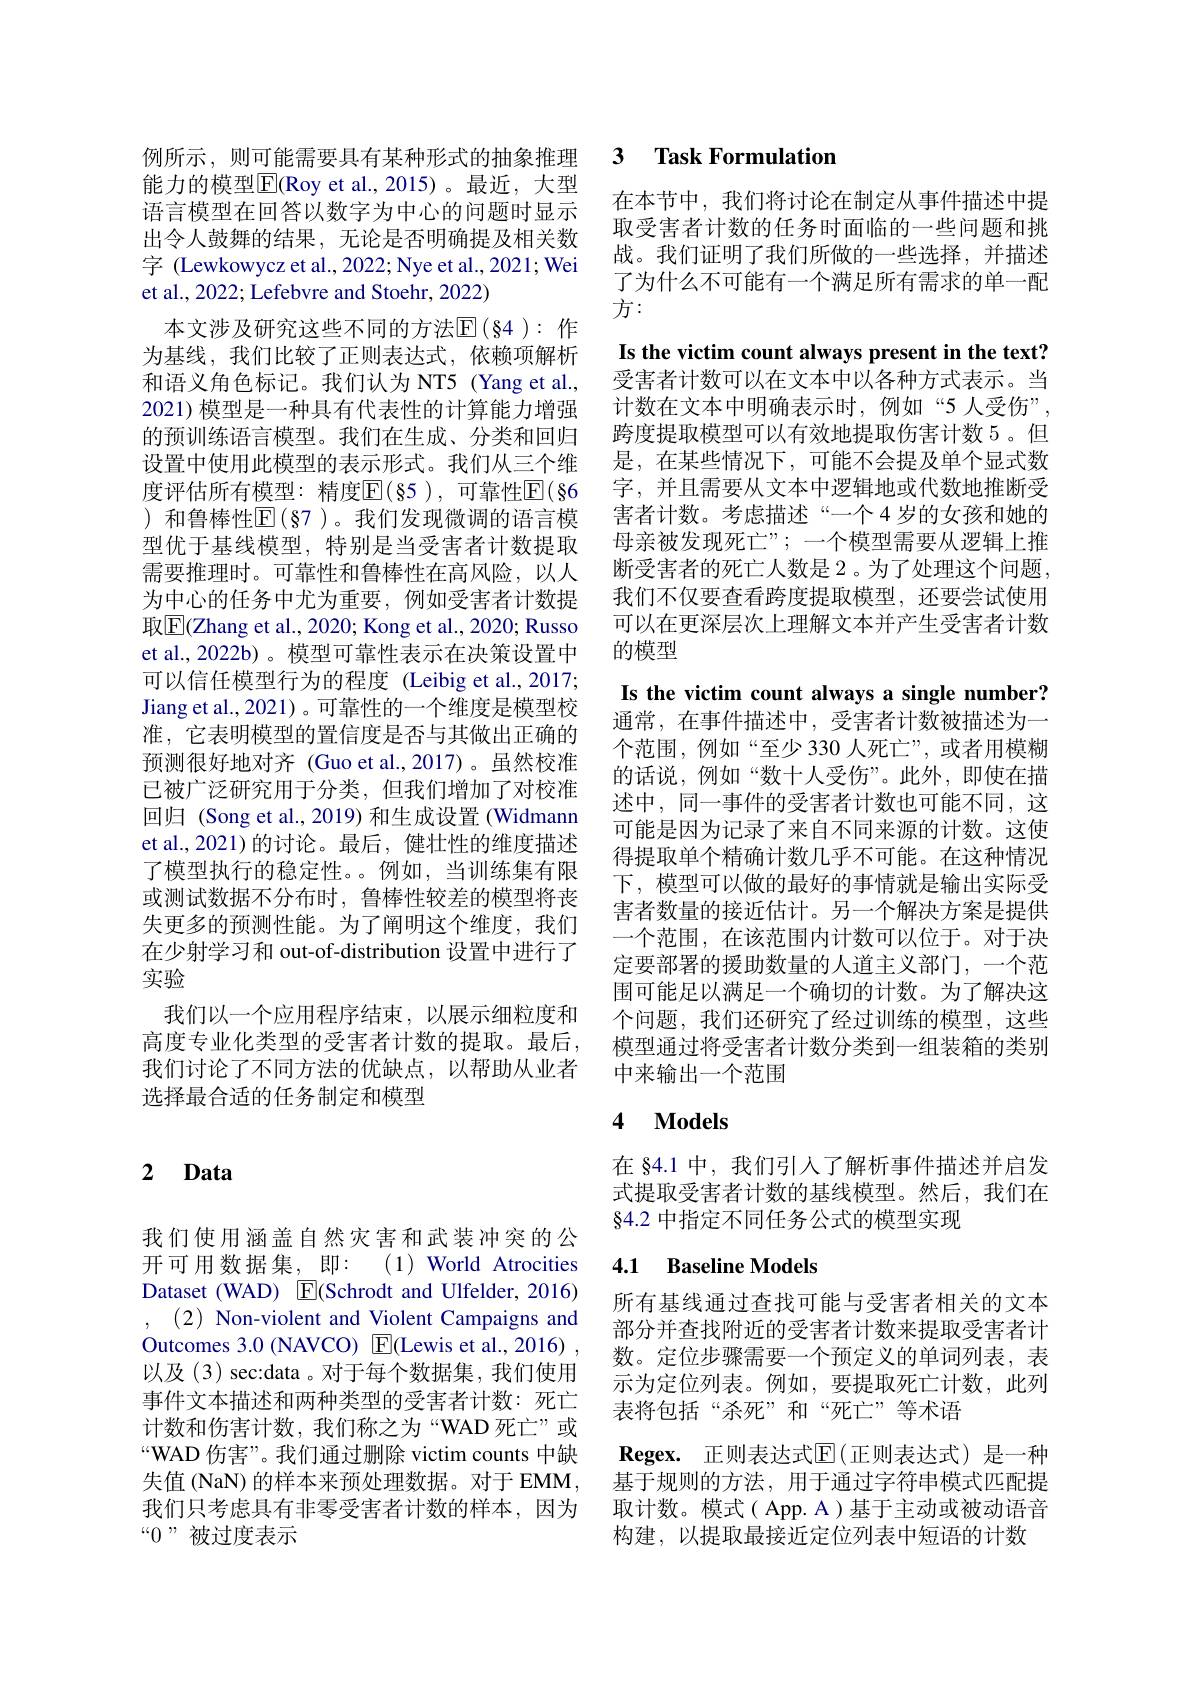
能力的模型$\boxed{\mathrm{E}}($Roy et al.,2015)。最近，大型语言模型在回答以数字为中心的问题时显示出令人鼓舞的结果，无论是否明确提及相关数字 (Lewkowycz et al., 2022; Nye et al., 2021; Wei et al., 2022; Lefebvre and Stoehr, 2022)
本文涉及研究这些不同的方法$\mathbb{E}(\S4):$ 作为基线，我们比较了正则表达式，依赖项解析和语义角色标记。我们认为 NT5 (Yang et al., 2021) 模型是一种具有代表性的计算能力增强的预训练语言模型。我们在生成、分类和回归设置中使用此模型的表示形式。我们从三个维度评估所有模型：精度$\overline{\mathrm{E}}(85)$,可靠性$\overline{\mathrm{E}}(\S6$ )和鲁棒性$\operatorname{E}($§7)。我们发现微调的语言模型优于基线模型，特别是当受害者计数提取需要推理时。可靠性和鲁棒性在高风险，以人为中心的任务中尤为重要，例如受害者计数提取$\boxed{\mathrm{E}}$(Zhang et al., 2020; Kong et al., 2020; Russo et al.,2022b)。模型可靠性表示在决策设置中可以信任模型行为的程度 (Leibig et al.,2017; Jiang et al., 2021)。可靠性的一个维度是模型校准，它表明模型的置信度是否与其做出正确的预测很好地对齐 (Guo et al.,2017)。虽然校准已被广泛研究用于分类，但我们增加了对校准回归 (Song et al., 2019) 和生成设置 (Widmann et al.,2021)的讨论。最后，健壮性的维度描述了模型执行的稳定性。。例如，当训练集有限或测试数据不分布时，鲁棒性较差的模型将丧失更多的预测性能。为了阐明这个维度，我们在少射学习和 out-of-distribution 设置中进行了实验
我们以一个应用程序结束，以展示细粒度和高度专业化类型的受害者计数的提取。最后， 我们讨论了不同方法的优缺点，以帮助从业者选择最合适的任务制定和模型

# 2 Data

我们使用涵盖自然灾害和武装冲突的公开可用数据集，即：(1)World Atrocities Dataset (WAD) $\boxed{\mathrm{F}}($Schrodt and Ulfelder, 2016) , (2) Non-violent and Violent Campaigns and Outcomes 3.0 (NAVCO) E(Lewis et al., 2016) , 以及(3) sec:data 。对于每个数据集，我们使用事件文本描述和两种类型的受害者计数：死亡计数和伤害计数，我们称之为“WAD 死亡”或“WAD 伤害”。我们通过删除 victim counts 中缺失值 (NaN) 的样本来预处理数据。对于 EMM , 我们只考虑具有非零受害者计数的样本，因为“0”被过度表示

### 例所示、则可能需要具有某种形式的抽象推理 3 Task Formulatior

在本节中，我们将讨论在制定从事件描述中提取受害者计数的任务时面临的一些问题和挑战。我们证明了我们所做的一些选择，并描述了为什么不可能有一个满足所有需求的单一配方：

Is the victim count always present in the text? 受害者计数可以在文本中以各种方式表示。当计数在文本中明确表示时，例如“5人受伤”, 跨度提取模型可以有效地提取伤害计数 5。但是，在某些情况下，可能不会提及单个显式数字，并且需要从文本中逻辑地或代数地推断受害者计数。考虑描述“一个4岁的女孩和她的母亲被发现死亡”;一个模型需要从逻辑上推断受害者的死亡人数是 2。为了处理这个问题， 我们不仅要查看跨度提取模型，还要尝试使用可以在更深层次上理解文本并产生受害者计数的模型
Is the victim count always a single number? 通常，在事件描述中，受害者计数被描述为一个范围，例如“至少 330 人死亡”,或者用模糊的话说，例如“数十人受伤”。此外，即使在描述中，同一事件的受害者计数也可能不同，这可能是因为记录了来自不同来源的计数。这使得提取单个精确计数几乎不可能。在这种情况下，模型可以做的最好的事情就是输出实际受害者数量的接近估计。另一个解决方案是提供一个范围，在该范围内计数可以位于。对于决定要部署的援助数量的人道主义部门，一个范围可能足以满足一个确切的计数。为了解决这个问题，我们还研究了经过训练的模型，这些模型通过将受害者计数分类到一组装箱的类别中来输出一个范围
4 Models

在 84.1 中，我们引人了解析事件描述并启发式提取受害者计数的基线模型。然后，我们在$\S4.2$中指定不同任务公式的模型实现

## 4.1 Baseline Models

所有基线通过查找可能与受害者相关的文本部分并查找附近的受害者计数来提取受害者计数。定位步骤需要一个预定义的单词列表，表示为定位列表。例如，要提取死亡计数，此列表将包括“杀死”和“死亡”等术语
$\textbf{Regex. 正 则 表 达 式 }\mathbb{E} ($正则表达式)是一种基于规则的方法，用于通过字符串模式匹配提取计数。模式( App. A )基于主动或被动语音构建，以提取最接近定位列表中短语的计数